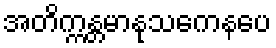
အတိက္ကန္တမာနုသကေနပေ